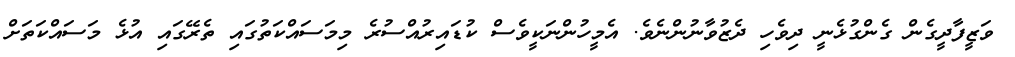
ވަޒީފާދީގެން ގެންގުޅެނީ ދިވެހި ދެޒުވާނުންނެވެ. އެމީހުންނަކީވެސް ކުޑައިރުއްސުރެ މިމަސައްކަތުގައި ތެރޭގައި އުޅެ މަސައްކަތަށް